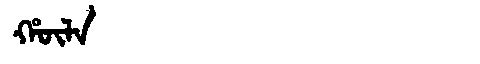
Manchu: ᡥᡡᠯᠠ
Romanization: HŪLA